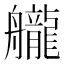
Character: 𦪽